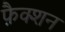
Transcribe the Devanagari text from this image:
फ़ैक्शन